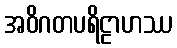
အဝိဂတပရိဠာဟဿ